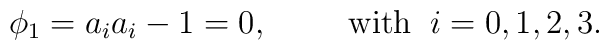
\phi_1 = a_ia_i - 1 = 0,\hspace{1cm} \mbox{with} \;\; i=0,1,2,3.